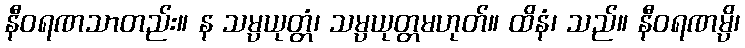
နီဝရဏသာတည်း။ န သမ္ပယုတ္တံ၊ သမ္ပယုတ္တမဟုတ်။ ထိနံ၊ သည်။ နီဝရဏမ္ပိ၊